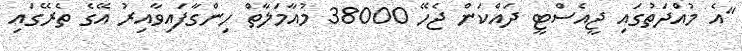
"އެ މުއްދަތުގައި ޖީއެސްޓީ ދައްކަން ޖެހޭ 38000 މުއާމަލާތް ހިންގާފައިވާއިރު އޭގެ ތެރޭގައި